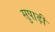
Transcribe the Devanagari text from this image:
सुपाड़ी